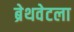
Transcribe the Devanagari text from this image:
ब्रेथवेटला